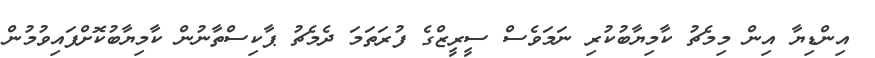
އިންޑިޔާ އިން މިމެޗު ކާމިޔާބުކުރި ނަމަވެސް ސީރީޒްގެ ފުރަތަމަ ދެމެޗު ޕާކިސްތާނުން ކާމިޔާބުކޮށްފައިވުމުން